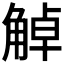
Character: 𧣺